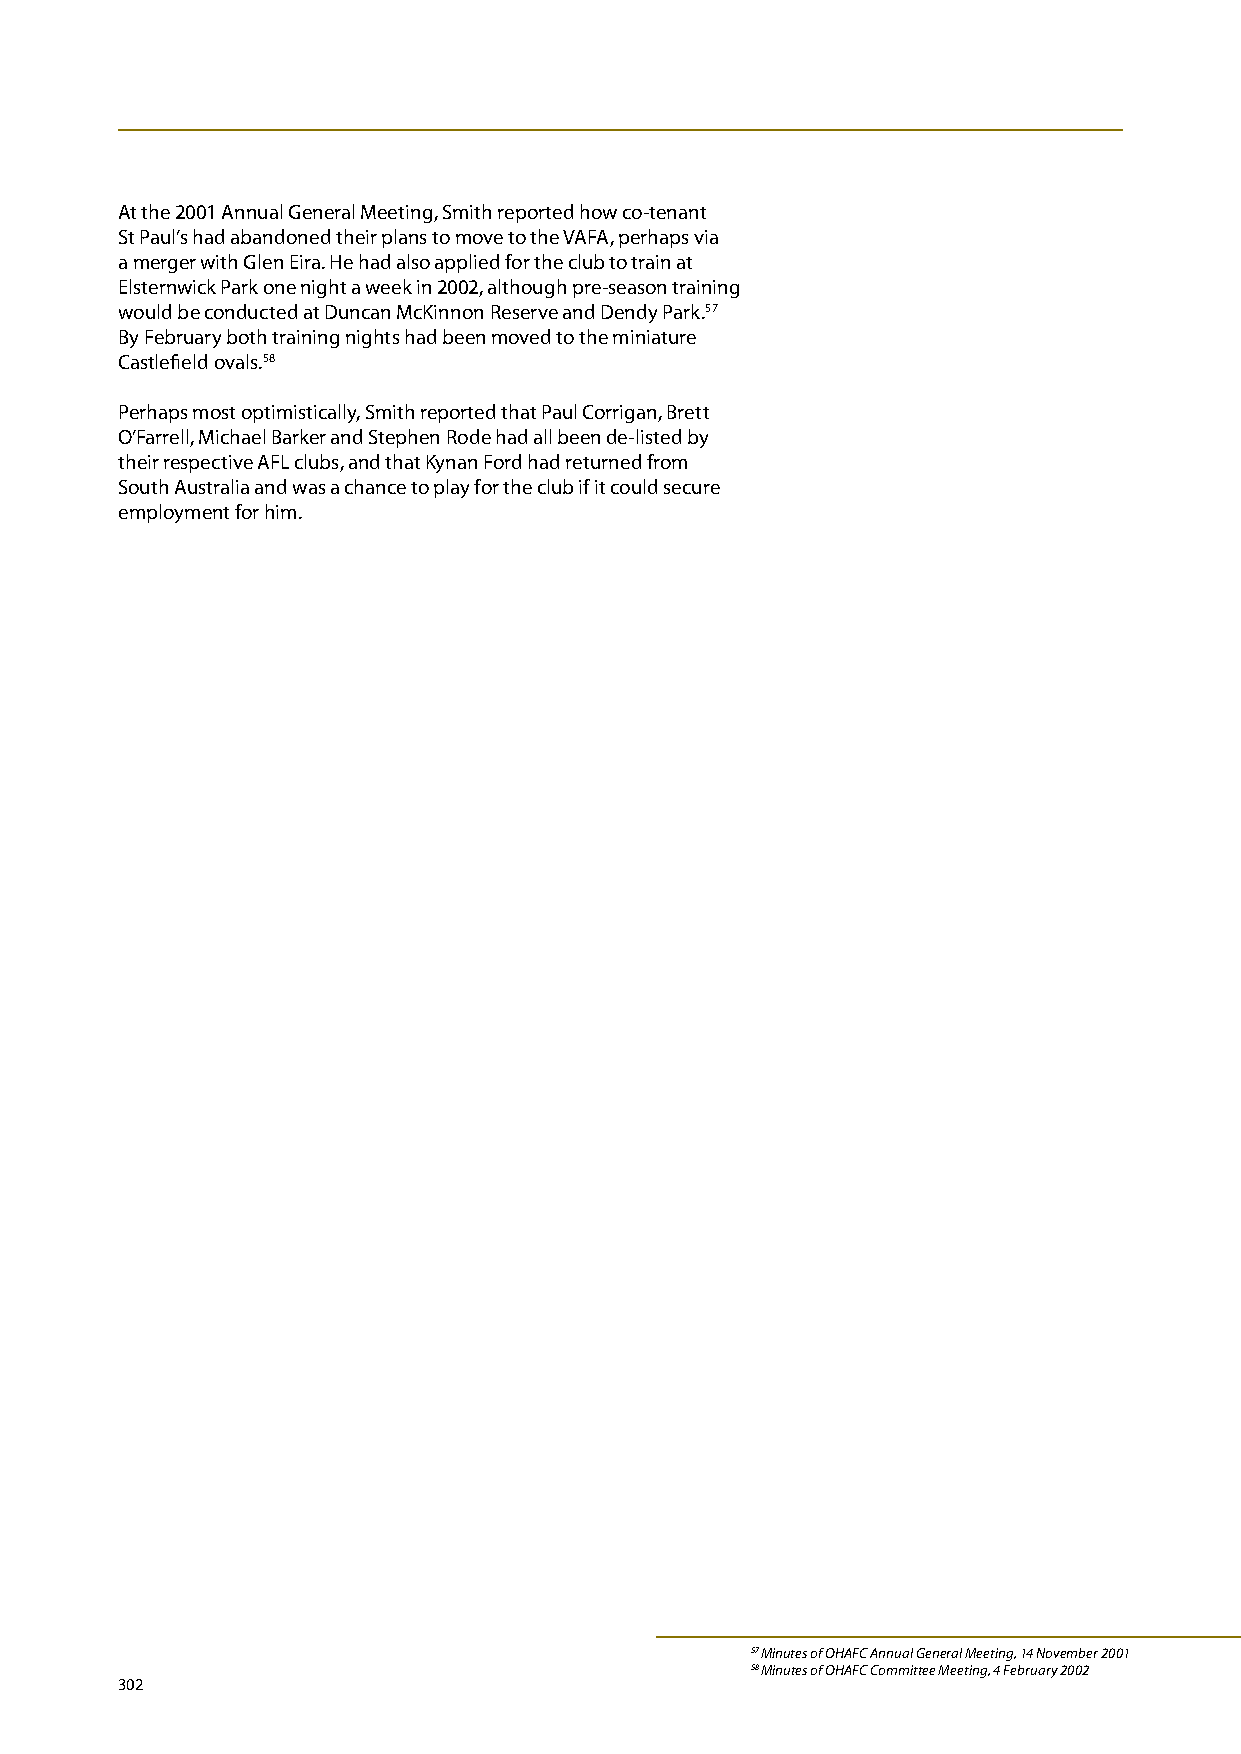
At the 2001 Annual General Meeting, Smith reported how co-tenant
 St Paul’s had abandoned their plans to move to the VAFA, perhaps via
 a merger with Glen Eira. He had also applied for the club to train at
 Elsternwick Park one night a week in 2002, although pre-season training
 would be conducted at Duncan McKinnon Reserve and Dendy Park.57
 By February both training nights had been moved to the miniature
 Castlefield ovals.58
 Perhaps most optimistically, Smith reported that Paul Corrigan, Brett
 O’Farrell, Michael Barker and Stephen Rode had all been de-listed by
 their respective AFL clubs, and that Kynan Ford had returned from
 South Australia and was a chance to play for the club if it could secure
 employment for him.
 57 Minutes of OHAFC Annual General Meeting, 14 November 2001
 58 Minutes of OHAFC Committee Meeting, 4 February 2002
 302